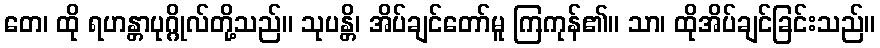
တေ၊ ထို ရဟန္တာပုဂ္ဂိုလ်တို့သည်။ သုပန္တိ၊ အိပ်ချင်တော်မူ ကြကုန်၏။ သာ၊ ထိုအိပ်ချင်ခြင်းသည်။